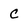
Character: c